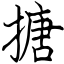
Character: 搪